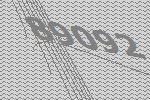
89092